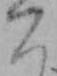
こ